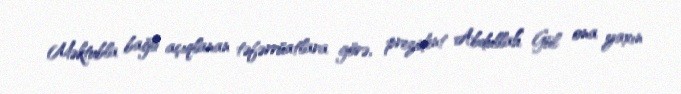
Məktubla bağlı açıqlanan təfərrüatlara görə, prezident Abdullah Gül ona yaxın